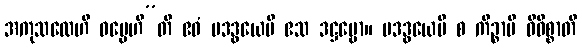
အကုသလေဟိ ဓမ္မေဟီ”တိ ဧဝံ ပဒဒွယေပိ ဧသ ဒဋ္ဌဗ္ဗော။ ပဒဒွယေပိ စ ကိဉ္စာပိ ဝိဝိစ္စာတိ